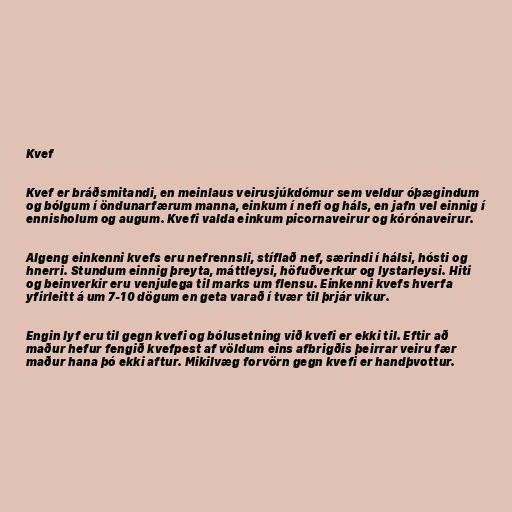
Kvef

Kvef er bráðsmitandi, en meinlaus veirusjúkdómur sem veldur óþægindum
og bólgum í öndunarfærum manna, einkum í nefi og háls, en jafn vel einnig í
ennisholum og augum. Kvefi valda einkum picornaveirur og kórónaveirur.

Algeng einkenni kvefs eru nefrennsli, stíflað nef, særindi í hálsi, hósti og
hnerri. Stundum einnig þreyta, máttleysi, höfuðverkur og lystarleysi. Hiti
og beinverkir eru venjulega til marks um flensu. Einkenni kvefs hverfa
yfirleitt á um 7-10 dögum en geta varað í tvær til þrjár vikur.

Engin lyf eru til gegn kvefi og bólusetning við kvefi er ekki til. Eftir að
maður hefur fengið kvefpest af völdum eins afbrigðis þeirrar veiru fær
maður hana þó ekki aftur. Mikilvæg forvörn gegn kvefi er handþvottur.